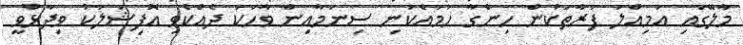
މާލޭގައި އަމިއްލަ ފަރާތަކުން ހިންގާ ހަމައެކަނި ސިނަމާއިން ވާހަކަ ދެއްކެވި އޮފިޝަލަކު ވިދާޅުވީ